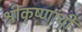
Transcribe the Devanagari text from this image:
श्रीकृष्णांची